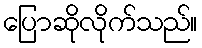
ပြောဆိုလိုက်သည်။